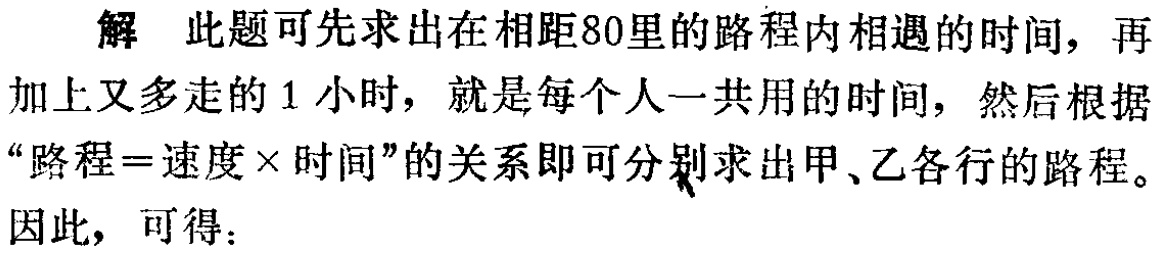
解 此题可先求出在相距80里的路程内相遇的时间，再加上又多走的1小时，就是每个人一共用的时间，然后根据“路程=速度×时间”的关系即可分别求出甲、乙各行的路程。

因此，可得：